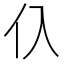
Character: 𰁡